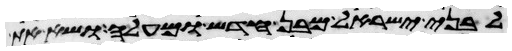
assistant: לבני ישראל מבן חדש ומעלה ושא את